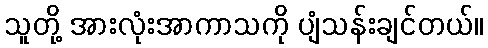
သူတို့ အားလုံးအာကာသကို ပျံသန်းချင်တယ်။